Report of an investigation into the causes of malaria in Bombay and the measures necessary for its control
Disease focus: Malaria
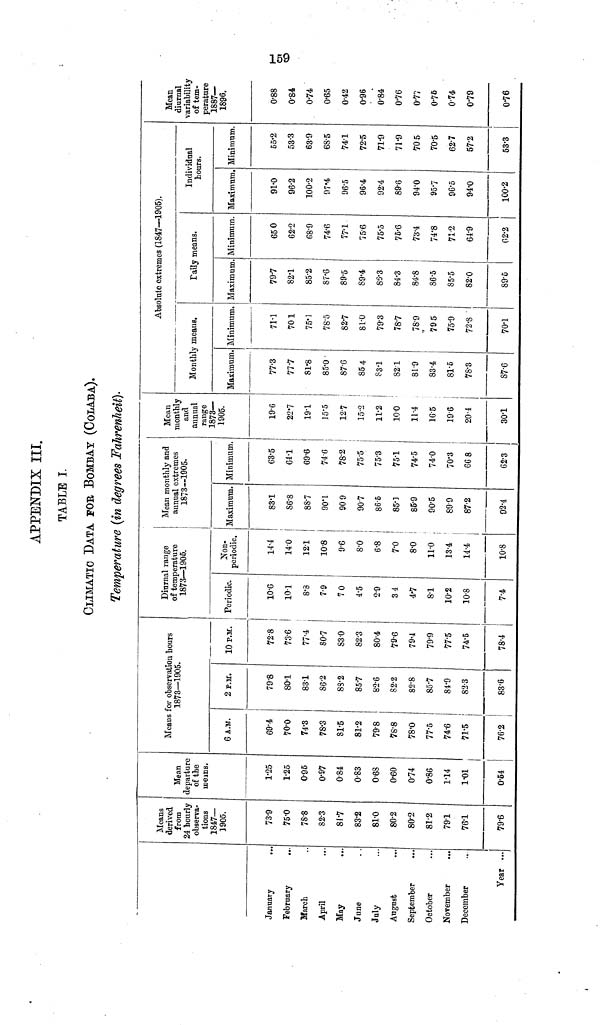
APPENDIX III.
TABLE I.
CLIMATIC DATA FOE BOMBAY (COLABA).
Temperature (in degrees Fahrenheit)-
January
..
February
...
March
April
May
June
July
August
September
...
October
November
...
December
Year ...
Means
derived
from
24 hourly
observa-
tions
1847—
3905.
73-9
75-0
78-8
82-3
81-7
83-2
81-0
80-2
80-2
81-2
791
76-1
79-6
Mean
departure
of the
lueiDS.
1-25
1-25
095
0-97
0-84
0-83
0-68
0-60
074
0-86
1-14
1-01
0-64
Í
Means for observation hours
1873—1905.
6 A.M.
69-4
70-0
74'3
78-3
81-5
81-2
79-8
78-8
78-0
77-5
74-6
71-5
76-2
2 P.M.
79-8
80-1
83-1
86-2
8S-2
85-7
82-6
82-2
82-8
85-7
84-9
823
83-6
10 P.M.
72-8
73-6
77-4-
80-7
S3-0
82-3
80-4
79-6
79-4
79-9
77-5
74-5
78-4
Diurnal range
of temperature
1873—1905.
Periodic.
10-0
101
8-3
7-9
70
4-5
2-9
34
4-7
8-1
10-2
10-8
7-4
JNon-
periodic.
14-4
14-0
12-1
10-8
9-6
8-0
6-8
7-0
8-0 Í
11-0 !
13-4 '
14-4 j
l
10-8
Mean monthly and
annual extremes
¡
1873—1805.
Maximum.
83-1
86-8
88-7
90-1
90 9
90-7
86-6
85-]
85-9
90-5
899
87-2
92-4
Minimum.
63-5
61-1
69-6
74-6
78-2
75-5
75-3
75-1
74-5
74-0
70'3
66 8
62-3 j
I
Mean
monthly
and
annual
range
1873—
1905.
19-6
22-7
19-1
15-5
12-7
15'2
11-2
10-0
11-4
16-5 ,
19-6 j
20-4
30-1
Absolute extremes (1S47—1905).
Monthly means.
Maximum.
77-3
77-7
81-8
85-0-
87-G
85 4
S3-1
S21
81-9
83-4
81-5
7S'3
S7-6
Minimum.
71-1
701
75']
78-5
82-7
81-0
793
78-7
78-9
79 5
75-9
72-8
70-1
Tally means.
Maximum.
79-7
82-1
85-2
87-6
89-5
S9'4
86-3
84-3
84-8
86-5
85-5
82-0
89-5
Minimum.
650
62-2
fi8-9
74-6
77-1
75-6
75-5
75-6
73-4
74'8
71-2
64-9
02-2
Individual
hours.
Maximum,
91-0
96-2
100-2
97*4
96-5
96-4
92-4
89-6
94-0
95-7
96-5
94-0
100-2
Minimum.
55-2
533
63-9
6S-5
74-1
72-5
71-9
71-9
70 5
70-5
62-7
57-2
53-3
Mean
diurnal
variability
of tem-
perature
1887—
1896.
0-88
0-84
0-74
0-65
0-42
0-96
0-84
0"76
0-77
0-76
0-74.
0-79
0-76
CO